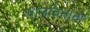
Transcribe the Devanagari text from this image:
चालवितांना